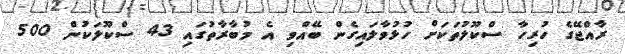
ރާއްޖޭގެ ހުރިހާ ސްކޫލުތަކަށް ހުޅުވާލައިގެން ބޭއްވި އެ މުބާރާތުގައި 43 ސްކޫލަކުން 500